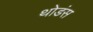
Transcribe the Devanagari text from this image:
थोडंस